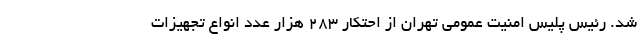
شد. رئیس پلیس امنیت عمومی تهران از احتکار ۲۸۳ هزار عدد انواع تجهیزات